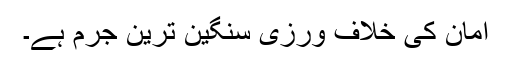
امان کی خلاف ورزی سنگین ترین جرم ہے۔